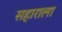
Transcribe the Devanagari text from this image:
सहाराला